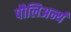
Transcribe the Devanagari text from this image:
पौलिअर्न्य